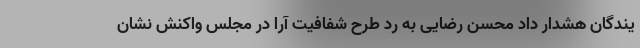
یندگان هشدار داد محسن رضایی به رد طرح شفافیت آرا در مجلس واکنش نشان